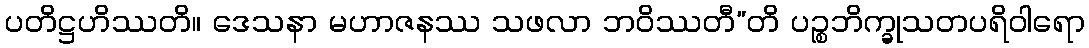
ပတိဋ္ဌဟိဿတိ။ ဒေသနာ မဟာဇနဿ သဖလာ ဘဝိဿတီ”တိ ပဉ္စဘိက္ခုသတပရိဝါရော